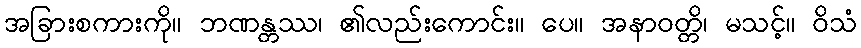
အခြားစကားကို။ ဘဏန္တဿ၊ ၏လည်းကောင်း။ ပေ။ အနာဝတ္တိ၊ မသင့်။ ဝိသံ